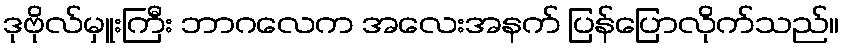
ဒုဗိုလ်မှူးကြီး ဘာဂလေက အလေးအနက် ပြန်ပြောလိုက်သည်။